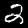
Label: 2